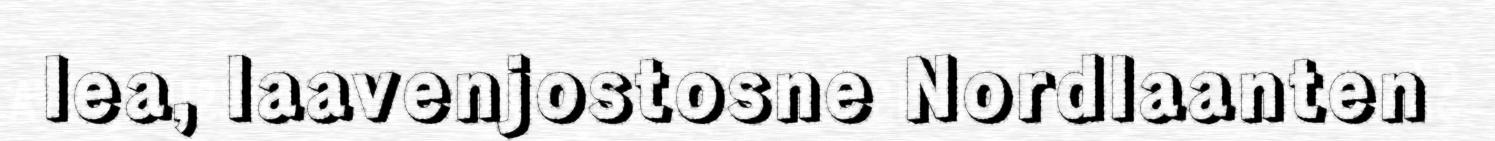
lea, laavenjostosne Nordlaanten